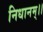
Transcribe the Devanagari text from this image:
निधानम्।।